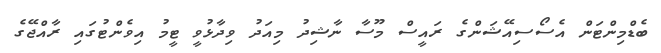
ބެޑްމިންޓަން އެސޯސިއޭޝަންގެ ރައީސް މޫސާ ނާޝިދު މިއަދު ވިދާޅުވީ ޓީމު އިވެންޓުގައި ރާއްޖޭގެ